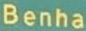
Benha